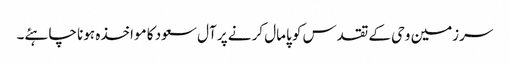
سرزمین وحی کے تقدس کو پامال کرنے پر آل سعود کا مواخذہ ہونا چاہئے۔